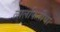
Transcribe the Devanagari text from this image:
लालफितीचा